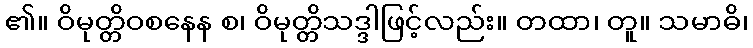
၏။ ဝိမုတ္တိဝစနေန စ၊ ဝိမုတ္တိသဒ္ဒါဖြင့်လည်း။ တထာ၊ တူ။ သမာဓိ၊